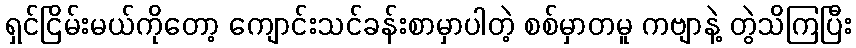
ရှင်ငြိမ်းမယ်ကိုတော့ ကျောင်းသင်ခန်းစာမှာပါတဲ့ စစ်မှာတမူ ကဗျာနဲ့ တွဲသိကြပြီး